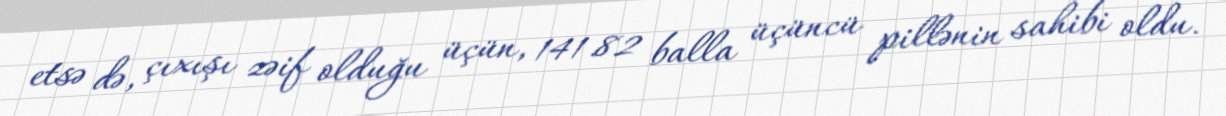
etsə də, çıxışı zəif olduğu üçün, 141.82 balla üçüncü pillənin sahibi oldu.